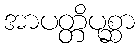
အာပတ္တိပုစ္ဆာ